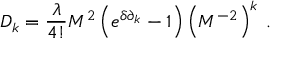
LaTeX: D _ { k } = \frac { \lambda } { 4 ! } M ^ { 2 } \left( e ^ { \delta \partial _ { k } } - 1 \right) \left( M ^ { - 2 } \right) ^ { k } \: .